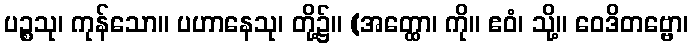
ပဉ္စသု၊ ကုန်သော။ ပဟာနေသု၊ တို့၌။ (အတ္ထော၊ ကို။ ဧဝံ၊ သို့။ ဝေဒိတဗ္ဗော၊